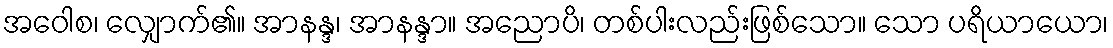
အဝေါစ၊ လျှောက်၏။ အာနန္ဒ၊ အာနန္ဒာ။ အညောပိ၊ တစ်ပါးလည်းဖြစ်သော။ သော ပရိယာယော၊